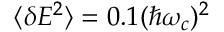
\langle \delta E ^ { 2 } \rangle = 0 . 1 ( \hbar \omega _ { c } ) ^ { 2 }